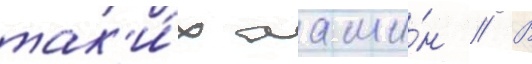
так'и́х маши́н // В